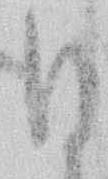
ひ